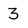
Character: 3